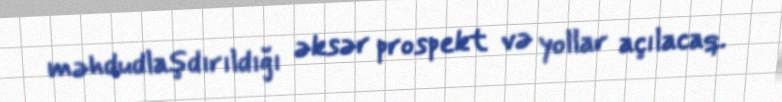
məhdudlaşdırıldığı əksər prospekt və yollar açılacaq.